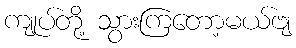
ကျုပ်တို့ သွားကြတော့မယ်ဗျ